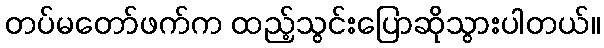
တပ်မတော်ဖက်က ထည့်သွင်းပြောဆိုသွားပါတယ်။